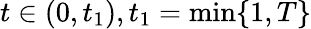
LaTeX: t\in(0,t_{1}),t_{1}=\displaystyle\operatorname*{min}\{ 1,T\}